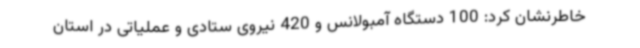
خاطرنشان کرد: 100 دستگاه آمبولانس و 420 نیروی ستادی و عملیاتی در استان